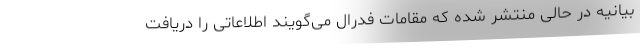
بیانیه در حالی منتشر شده که مقامات فدرال می‌گویند اطلاعاتی را دریافت